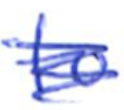
Text: to
Cross-out: scratch
Writing tool: ballpoint